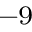
^ { - 9 }